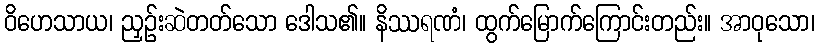
ဝိဟေသာယ၊ ညှဉ်းဆဲတတ်သော ဒေါသ၏။ နိဿရဏံ၊ ထွက်မြောက်ကြောင်းတည်း။ အာဝုသော၊